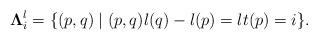
LaTeX: \begin{align*}\mathbf{\Lambda}^{l}_{i}=\{(p, q)\;|\;(p, q) l(q)-l(p)=l t(p)=i\}.\end{align*}